Report on sanitation, dispensaries, and jails in Rajputana for 1910, and on vaccination for the year 1910-1911 - 1910-1911
Year: 1910
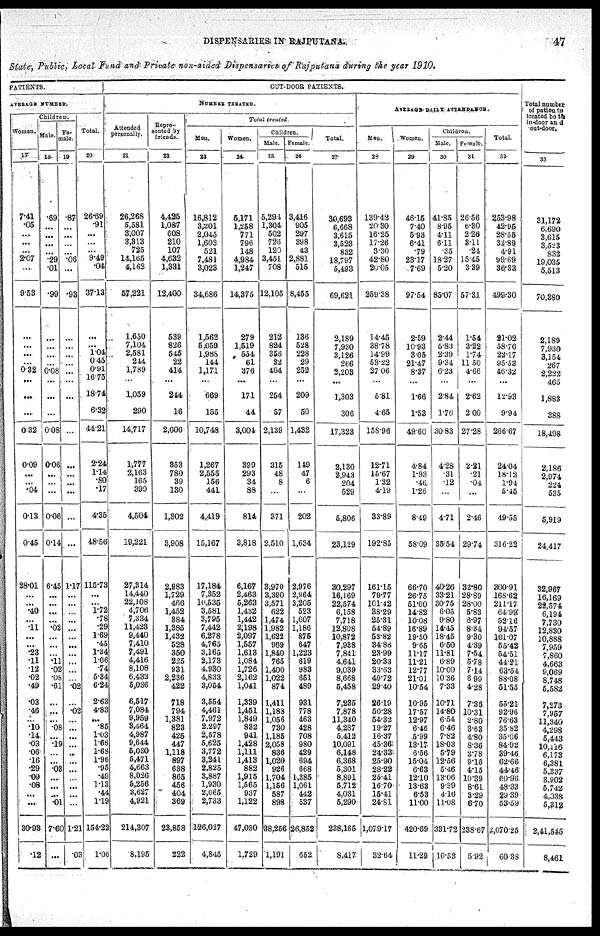
DISPENSARIES IN RAJPUTANA.
47
State, Public, Local Fund and Private non-aided Dispensaries of Rajputana during the year 1910.
PATIENTS.
AVERAGE NUMBER.
Children.
Women.
17
7.41
.05
...
...
...
2.07
...
9.53
...
...
...
...
0.32
...
...
...
0.32
0.09
...
...
.04
0.13
0.45
28.01
...
...
.40
...
.11
...
...
.23
.11
.12
.02
.49
.03
.46
...
.10
.14
.03
.06
.16
.29
.09
.08
...
...
30.93
.12
Male.
18
.69
...
...
...
...
.29
.01
.99
...
...
...
...
0.08
...
...
...
0.08
0.06
...
...
...
0.06
0.14
6.45
...
...
...
...
.02
...
...
...
.11
.02
.08
.61
...
...
...
.08
...
.19
...
...
.03
...
...
...
.01
7.60
..
Fe-
male.
19
.87
...
...
...
...
.06
...
.93
...
...
...
...
...
...
...
...
...
...
...
...
...
...
...
1.17
...
...
...
...
...
...
...
...
...
...
...
.02
...
.02
...
...
...
...
..
...
...
...
...
...
...
1.21
. 03
Total.
20
26.69
.91
...
...
...
9.49
.04
37.13
...
...
1.04
0.45
0.91
16.75
18.74
6.32
44.21
2.24
1.14
.80
.17
4.35
48.56
115.73
...
...
1.72
.78
.29
1.69
.45
1.34
1.06 .74
5.34
6.24
2.63
4.83
...
.85
1.03
1.66
1.68
1.96
.95
.49
1.13
.44
1.19
154.22
1.06
OUT-DOOR PATIENTS.
NUMBER TREATED.
Attended
personally.
21
26,268
5,581
3,007
3,313
725
14,165
4,162
57,221
1,650
7,104
2,581
244
1,789
...
1,059
290
14,717
1,777
2,163
165
399
4,504
19,221
27,314
14,440
22,108
4,706
7,334
11,423
9,440
7,410
7,491
4,416
8,108
6,432
5,036
6,517
7,084
9,959
3,464
4,987
9,644
5,030
5,471
4,663
8,026
5,256
3,627
4,921
214,307
8,195
Repre-
sented by
friends.
22
4,425
1,087
608
210
107
4,632
1,331
12,400
539
826
545
22
414
...
244
16
2,606
353
780
39
130
1,302
3,908
2,983
1,729
466
1,452
384
1,385
1,432
528
350
225
931
2,236
422
718
794
1,381
823
425
447
1,118
897
638
865
456
404
369
23,858
222
Total treated.
Men.
23
16,812
3,201
2,045
1,603
521
7,481
3,023
34,686
1,562
5,059
1,988
144
1,171
...
669
155
10,748
1,267
2,555
156
441
4,419
15,167
17,184
7,352
10,535
3,581
3,795
7,442
6,278
4,765
3,165
2,173
4,930
4,833
3,054
3,554
4,461
7,972
2,297
2,578
5,625
3,772
3,241
2,825
3,887
1,930
2,065
2,733
126,027
4,845
Women.
24
5,171
1,258
771
796
148
4,984
1,247
14,375
279
1,519
554
61
376
...
171
44
3,004
399
293
34
88
814
3,818
6,167
2,463
5,263
1,432
1,442
2,198
2,097
1,557
1,613
1,084
1,726
2,162
1,041
1,339
1,451
1,849
832
941
1,428
1,111
1,413
882
1,915
1,565
937
1,122
47,030
1,729
Children.
Male.
25
5,294
1,304
502
726
120
3,451
708
12,105
212
824
356
32
404
...
254
57
2,139
315
48
8
...
371
2,510
3,970
3,390
3,571
622
1,474
1,982
1,622
969
1,840
765
1,400
1,022
874
1,411
1,188
1,056
730
1,185
2,058
836
1,020
926
1,704
1,156
587
898
38,256
1,191
Female.
26
3,416
905
297
398
43
2,881
515
8,455
136
528
228
29
252
...
209
50
1,432
149
47
6
...
202
1,634
2,976
2,964
3,205
523
1,007
1,186
875
647
1,223
619
983
651
489
931
778
463
428
708
980
429
694
668
1,385
1,061
442
537
26,852
652
Total.
27
30,693
6,668
3,615
3,523
832
18,797
5,493
69,621
2,189
7,930
3,126
266
2,203
...
1,303
306
17,323
2,130
2,943
204
529
5,806
23,129
30,297
16,169
22,574
6,158
7,718
12,808
10,872
7,938
7,841
4,641
9,039
8,668
5,458
7,235
7,878
11,340
4,287
5,412
10,091
6,148
6,368
5,301
8,891
5,712
4,031
5,290
238,165
8,417
AVERAGE DAILY ATTENDANCE.
Men.
28
139.42
20.30
16.25
17.26
3.30
42.80
20.05
259.38
14.45
38.78
14.99
53.22
27.06
...
5.81
4.65
158.96
12.71
15.67
1.32
4.19
33.89
192.85
161.15
79.77
101.42
38.29
25.31
54.89
53.82
34.88
23.99
20.33
33.63
49.72
29.40
26.19
50.28
54.32
19.27
16.37
45.36
24.33
25.90
28.22
25.41
16.70
15.41
24.81
1,079.17
32.64
Women.
29
46.15
7.40
5.93
6.41
.79
23.17
7.69
97.54
2.59
10.93
3.05
21.47
8.37
...
1.66
1.53
49.60
4.84
1.93
.46
1.26
8.49
58.09
66.70
26.75
51.00
14.82
10.08
16.89
19.50
9.65
11.17
11.21
12.77
21.01
10.54
10.95
17.57
12.97
6.46
5.99
13.17
6.56
15.04
6.63
12.10
13.63
6.53
11.00
420.69
11.29
Children.
Male.
30
41.85
8.95
4.11
6.11
.35
18.27
5.20
85.07
2.44
6.83
2.39
9.34
6.23
...
2.84
1.76
30.83
4.28
.31
.12
...
4.71
35.54
40.26
33.21
30.75
6.05
9.80
14.45
18.45
6.50
11.81
6.89
10.00
10.36
7.33
10.71
14.80
6.54
6.46
7.82
18.03
5.79
12.56
5.46
13.06
9.39
4.16
11.08
331.72
10.53
Female.
31
26.56
6.30
2.26
3.11
.24
15.45
3.39
57.31
1.54
3.22
1.74
11.50
4.66
...
2.62
2.00
27.28
2.21
.21
.04
...
2.46
29.74
32.80
28.89
28.00
5.83
6.97
8.34
9.30
4.39
7.54
5.78
7.14
6.99
4.28
7.36
10.31
2.80
3.63
4.80
8.36
2.78
9.16
4.15
10.39
8.61
3.29
6.70
238.67
5.92
Total.
32
253.98
42.95
28.56
32.89
4.91
99.69
36.33
499.30
21.02
58.76
22.17
95.53
46.32
...
12.93
9.94
266.67
24.04
18.12
1.94
5.45
49.55
316.22
300.91
168.62
211.17
64.99
52.16
94.57
101.07
55.42
54.51
44.21
63.54
88.08
51.55
55.21
92.96
76.63
35.82
35.06
84.92
39.46
62.66
44.46
60.96
48.33
29.39
53.59
2,070.25
60.38
Total number
of patients
treated be the
in-door and
out-door.
33
31,172
6,690
3,615
3,523
832
19,035
5,513
70,380
2,189
7,930
3,154
267
2,222
465
1,883
388
18,498
2,186
2,974
224
535
5,919
24,417
32,967
16,169
22,574
6,194
7,730
12,830
10,888
7,959
7,860
4,663
9,069
8,748
5,582
7,273
7,957
11,340
4,298
5,443
10,116
6,173
6,381
5,337
3,902
5,742
4,038
5,312
2,41,545
8,461